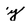
Character: y